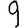
Digit: 9